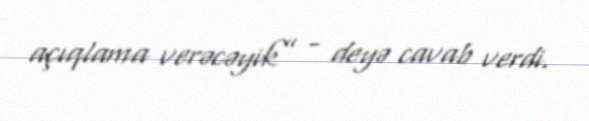
açıqlama verəcəyik” - deyə cavab verdi.